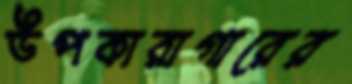
উপকারাগারের